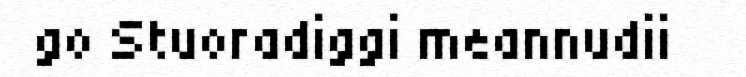
go Stuoradiggi meannudii